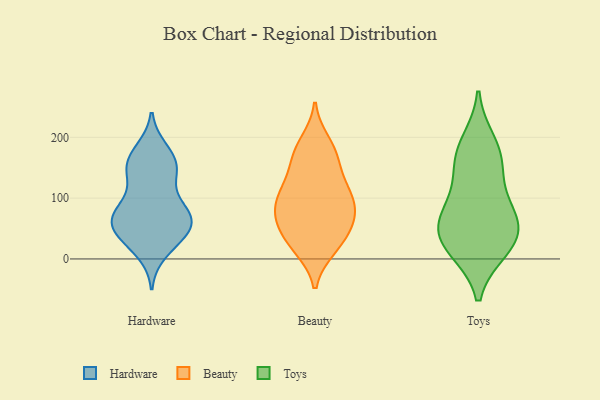
{"axis": {"x": "Bounce Rate (%)", "y": "Value"}, "legend": ["Beauty", "Hardware", "Toys"], "data": [{"x": "", "y": 34, "type": "Hardware"}, {"x": "", "y": 11, "type": "Hardware"}, {"x": "", "y": 51, "type": "Hardware"}, {"x": "", "y": 87, "type": "Hardware"}, {"x": "", "y": 80, "type": "Hardware"}, {"x": "", "y": 61, "type": "Hardware"}, {"x": "", "y": 45, "type": "Hardware"}, {"x": "", "y": 26, "type": "Hardware"}, {"x": "", "y": 74, "type": "Hardware"}, {"x": "", "y": 170, "type": "Hardware"}, {"x": "", "y": 142, "type": "Hardware"}, {"x": "", "y": 71, "type": "Hardware"}, {"x": "", "y": 179, "type": "Hardware"}, {"x": "", "y": 60, "type": "Hardware"}, {"x": "", "y": 147, "type": "Hardware"}, {"x": "", "y": 166, "type": "Hardware"}, {"x": "", "y": 135, "type": "Hardware"}, {"x": "", "y": 86, "type": "Hardware"}, {"x": "", "y": 147, "type": "Hardware"}, {"x": "", "y": 52, "type": "Hardware"}, {"x": "", "y": 18, "type": "Beauty"}, {"x": "", "y": 180, "type": "Beauty"}, {"x": "", "y": 78, "type": "Beauty"}, {"x": "", "y": 22, "type": "Beauty"}, {"x": "", "y": 55, "type": "Beauty"}, {"x": "", "y": 160, "type": "Beauty"}, {"x": "", "y": 17, "type": "Beauty"}, {"x": "", "y": 113, "type": "Beauty"}, {"x": "", "y": 53, "type": "Beauty"}, {"x": "", "y": 108, "type": "Beauty"}, {"x": "", "y": 87, "type": "Beauty"}, {"x": "", "y": 86, "type": "Beauty"}, {"x": "", "y": 119, "type": "Beauty"}, {"x": "", "y": 192, "type": "Beauty"}, {"x": "", "y": 141, "type": "Beauty"}, {"x": "", "y": 174, "type": "Beauty"}, {"x": "", "y": 48, "type": "Beauty"}, {"x": "", "y": 96, "type": "Beauty"}, {"x": "", "y": 64, "type": "Beauty"}, {"x": "", "y": 73, "type": "Toys"}, {"x": "", "y": 31, "type": "Toys"}, {"x": "", "y": 15, "type": "Toys"}, {"x": "", "y": 161, "type": "Toys"}, {"x": "", "y": 167, "type": "Toys"}, {"x": "", "y": 16, "type": "Toys"}, {"x": "", "y": 69, "type": "Toys"}, {"x": "", "y": 192, "type": "Toys"}, {"x": "", "y": 122, "type": "Toys"}, {"x": "", "y": 44, "type": "Toys"}, {"x": "", "y": 67, "type": "Toys"}]}